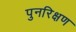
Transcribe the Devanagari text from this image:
पुनरिक्षण